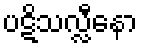
ပဋိသလ္လီနော